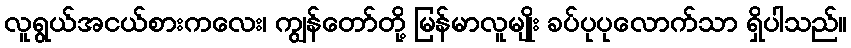
လူရွယ်အငယ်စားကလေး၊ ကျွန်တော်တို့ မြန်မာလူမျိုး ခပ်ပုပုလောက်သာ ရှိပါသည်။